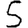
Digit: 5